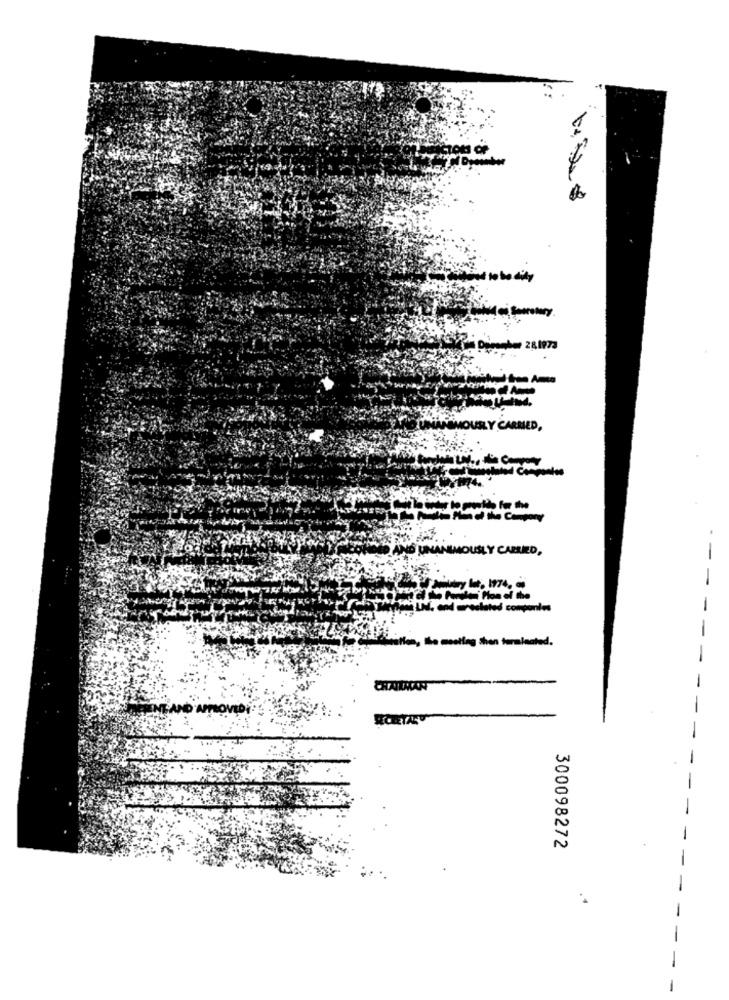
HOURLY CARMED,
For the
D AND UNANIMOUSLY CARRIED,
d companies
CHAIRMAN
300098272